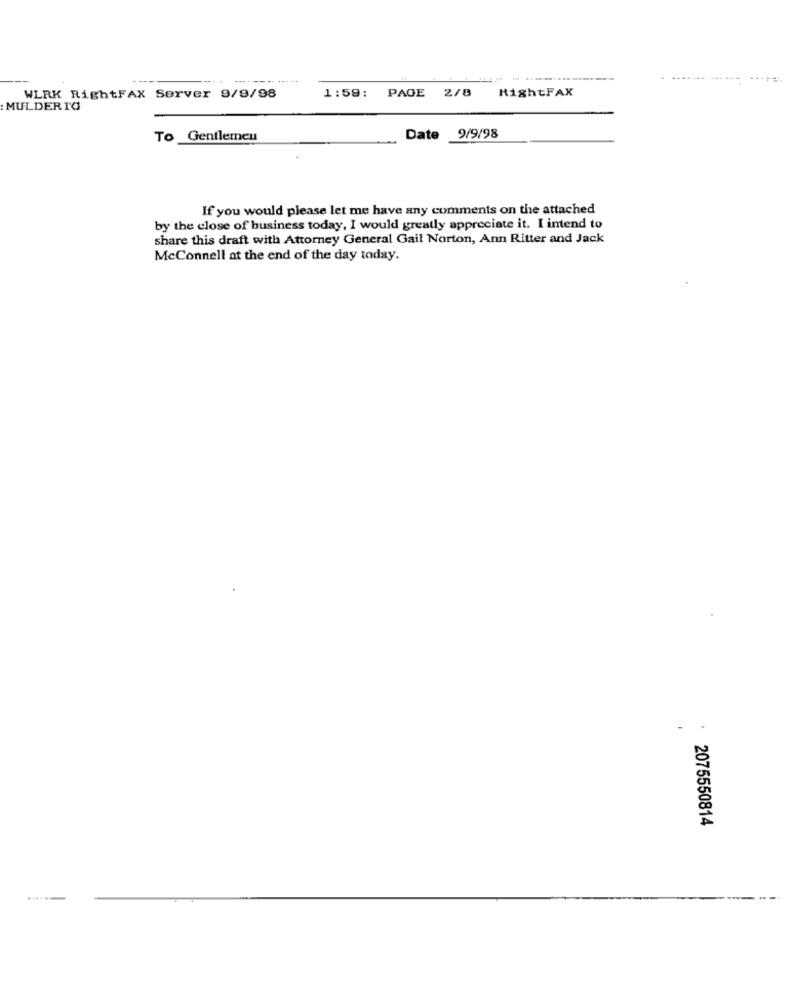
1:59:
RightFAX
WLRK RightFAX Server 9/9/98
PAGE 2/8
: MULDERTO
To Gentlemen
Date 9/9/98
If you would please let me have any comments on the attached
by the close of business today, I would greatly appreciate it. I intend to
share this draft with Attorney General Gail Norton, Ann Ritter and Jack
McConnell at the end of the day today.
-
2075550814